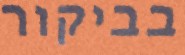
בביקור